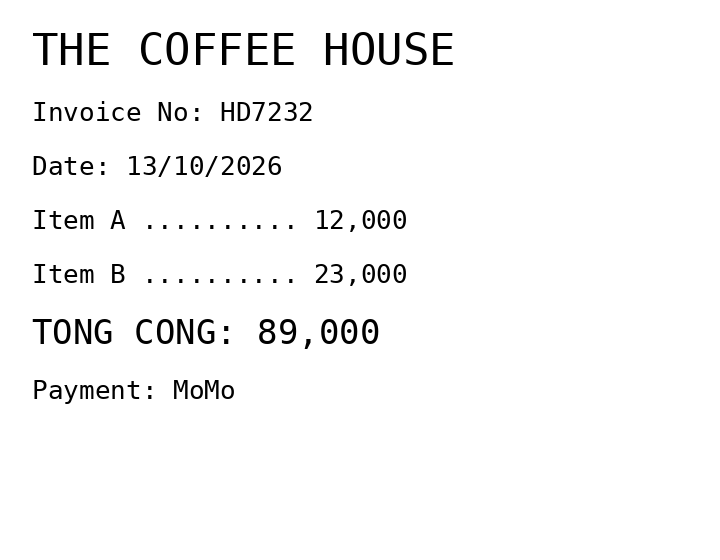
THE COFFEE HOUSE
Invoice No: HD7232
Date: 13/10/2026
Item A .......... 12,000
Item B .......... 23,000
TONG CONG: 89,000
Payment: MoMo
Merchant: the coffee house
Date: 2026-10-13
Total: 89000
Invoice No: HD7232
Payment method: MOMO